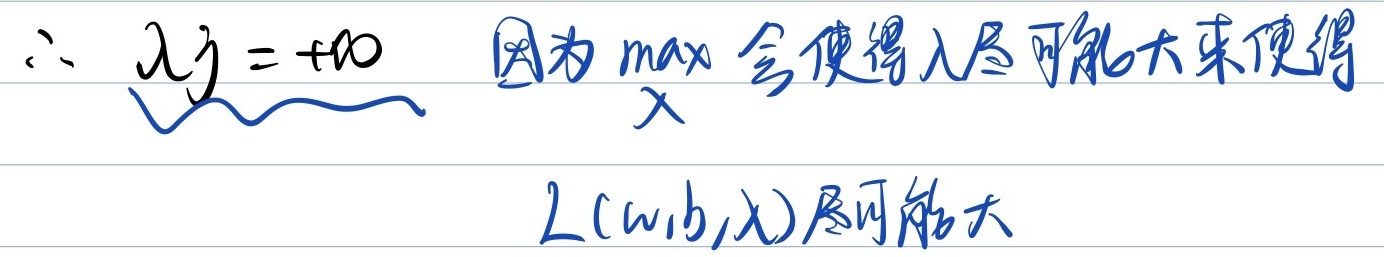
所以 \(\lambda_j=+\infty\)，因为 \(\max_{\lambda}\) 会使得 \(\lambda\) 尽可能大来使得 \(L(w,b,\lambda)\) 尽可能大。